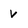
Character: V